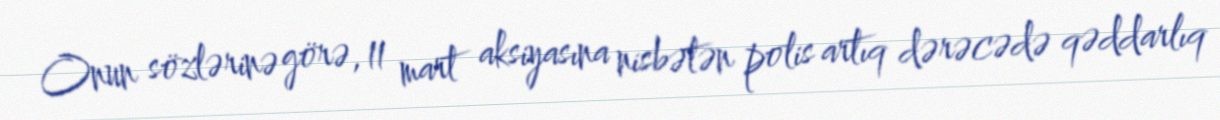
Onun sözlərinə görə, 11 mart aksiyasına nisbətən polis artıq dərəcədə qəddarlıq